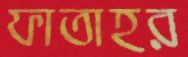
ফাতাহর